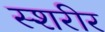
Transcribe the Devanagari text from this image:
स्शरीर